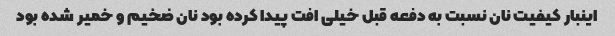
اینبار کیفیت نان نسبت به دفعه قبل خیلی افت پیدا کرده بود نان ضخیم و خمیر شده بود